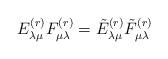
LaTeX: \begin{align*}E_{\lambda \mu}^{(r)} F_{\mu \lambda}^{(r)} = \tilde{E}_{\lambda \mu}^{(r)} \tilde{F}_{\mu \lambda}^{(r)} \end{align*}